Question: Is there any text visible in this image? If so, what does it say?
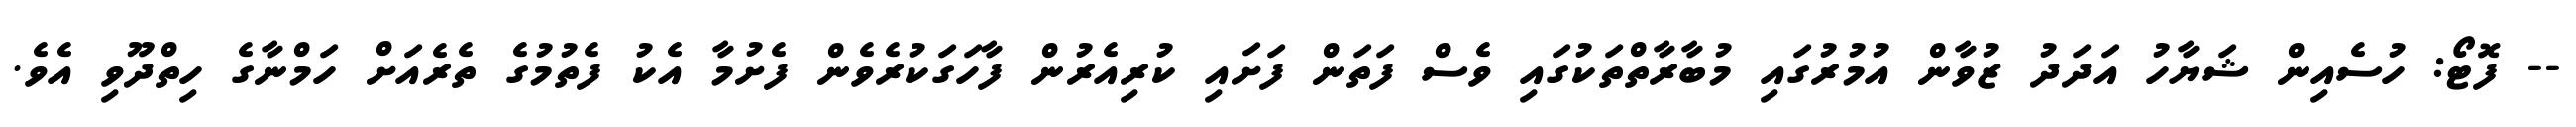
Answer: -- ފޮޓޯ: ހުސެއިން ޝަޔާހު އަދަދު ޒުވާން އުމުރުގައި މުބާރާތްތަކުގައި ވެސް ފަތަން ފަށައި ކުރިއެރުން ފާހަގަކުރެވެން ފެށުމާ އެކު ފެތުމުގެ ތެރެއަށް ހަމްނާގެ ހިތްދޫވި އެވެ.